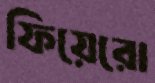
ফিয়েরো